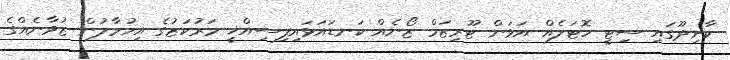
ކާށިދޫގައި ސިޓީ ހޮޓަލެއް އަޅަން ޓޫރިޒަމް ޒޯނެއް ކަނޑައަޅައިފިސިއްޚީ މަރުކަޒުގެ އިހުމާލުން ޒުވާނެއްގެ